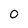
Character: 0